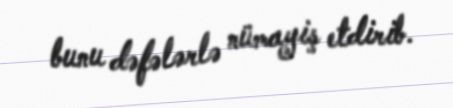
bunu dəfələrlə nümayiş etdirib.